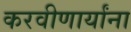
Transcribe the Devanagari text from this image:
करवीणार्यांना